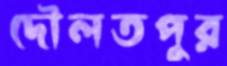
দৌলতপুর